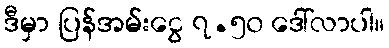
ဒီမှာ ပြန်အမ်းငွေ ၇.၅၀ ဒေါ်လာပါ။